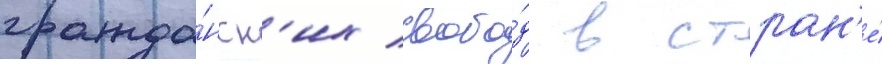
гражда́нск'их свобо́д в стран'е́